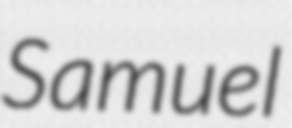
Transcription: Samuel